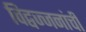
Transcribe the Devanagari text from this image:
विद्वज्जनांची